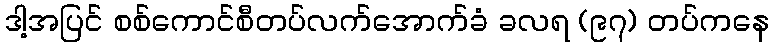
ဒါ့အပြင် စစ်ကောင်စီတပ်လက်အောက်ခံ ခလရ (၉၇) တပ်ကနေ